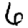
Digit: 6